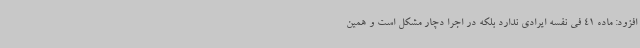
افزود: ماده 41 فی نفسه ایرادی ندارد بلکه در اجرا دچار مشکل است و همین